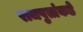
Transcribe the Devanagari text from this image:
राजपुतांकडे